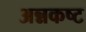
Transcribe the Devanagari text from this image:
अन्नकष्ट